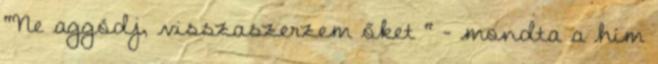
"Ne aggódj, visszaszerzem őket " - mondta a hím